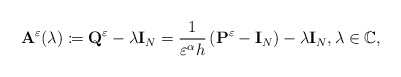
\begin{align*} \mathbf{A}^\varepsilon(\lambda)\coloneqq \mathbf{Q}^\varepsilon-\lambda\mathbf{I}_{N}=\frac{1}{\varepsilon^\alpha h}\left(\mathbf{P}^\varepsilon-\mathbf{I}_{N}\right)-\lambda\mathbf{I}_{N} ,\lambda\in\mathbb{C},\end{align*}